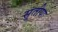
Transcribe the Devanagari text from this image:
सुतीया